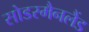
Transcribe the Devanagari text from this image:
सोडरमैनलैंड